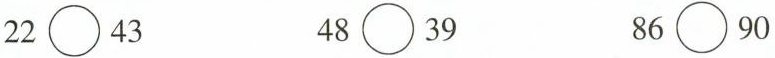
$$22\bigcirc{}43$$ $$48\bigcirc{}39$$ $$86\bigcirc{}90$$